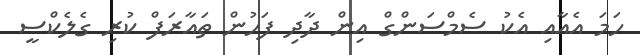
ހަމަ އެއާއި އެކު ސެމްސަންގް އިން ދާދި ފަހުން ތައާރަފް ކުރި ގެލެކްސީ